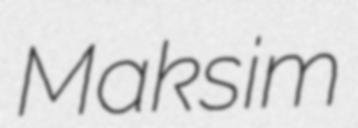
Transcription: Maksim